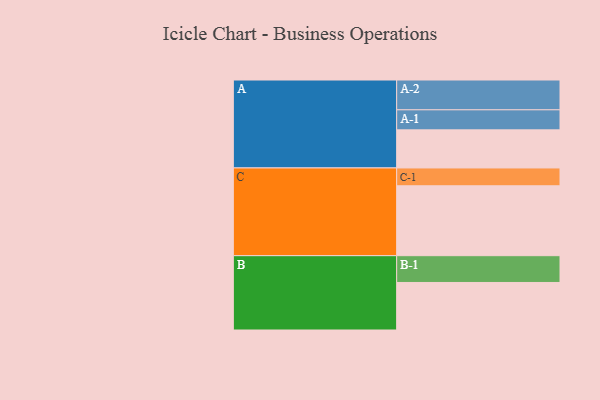
{"axis": {"x": "Segment", "y": "Value"}, "legend": ["", "A", "B", "C"], "data": [{"x": "A", "y": 327, "type": ""}, {"x": "B", "y": 408, "type": ""}, {"x": "C", "y": 600, "type": ""}, {"x": "A-1", "y": 172, "type": "A"}, {"x": "A-2", "y": 256, "type": "A"}, {"x": "B-1", "y": 230, "type": "B"}, {"x": "C-1", "y": 153, "type": "C"}]}